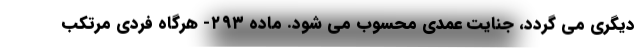
دیگری می گردد، جنایت عمدی محسوب می شود. ماده ۲۹۳- هرگاه فردی مرتکب